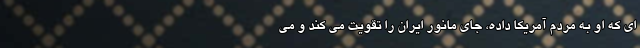
ای که او به مردم آمریکا داده، جای مانور ایران را تقویت می کند و می